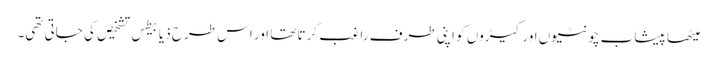
میٹھا پیشاب چونٹیوں اور کیڑوں کو اپنی طرف راغب کرتا تھا اور اس طرح ذیابیطس تشخیص کی جاتی تھی۔